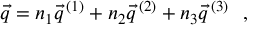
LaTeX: \vec { q } = n _ { 1 } \vec { q } ^ { \, ( 1 ) } + n _ { 2 } \vec { q } ^ { \, ( 2 ) } + n _ { 3 } \vec { q } ^ { \, ( 3 ) } ~ ~ ,